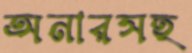
অনারসহ